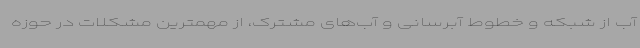
آب از شبکه و خطوط آبرسانی و آب‌های مشترک، از مهمترین مشکلات در حوزه